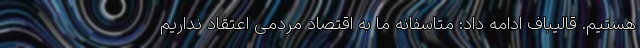
هستیم. قالیباف ادامه داد: متاسفانه ما به اقتصاد مردمی اعتقاد نداریم